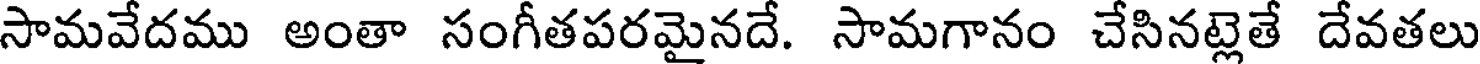
సామవేదము అంతా సంగీతపరమైనదే. సామగానం చేసినట్లెతే దేవతలు